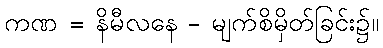
ကဏ = နိမီလနေ - မျက်စိမှိတ်ခြင်း၌။